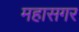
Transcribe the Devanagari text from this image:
महासगर